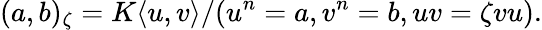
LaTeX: (a,b)_{\zeta}=K\langle u,v\rangle/(u^{n}=a,v^{n}=b,uv=\zeta vu).